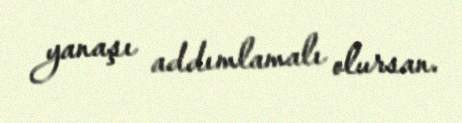
yanaşı addımlamalı olursan.